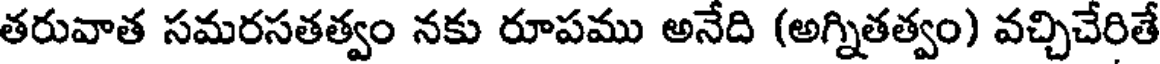
తరువాత సమరసతత్వం నకు రూపము అనేది (అగ్నితత్వం) వచ్చిచేరితే